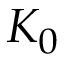
K _ { 0 }